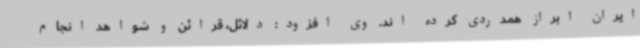
ایران ابراز همدردی کرده اند. وی افزود: دلائل، قرائن و شواهد انجام